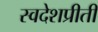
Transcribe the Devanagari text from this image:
स्वदेशप्रीती